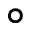
\circ